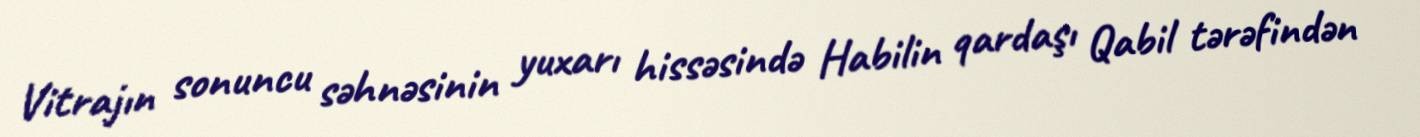
Vitrajın sonuncu səhnəsinin yuxarı hissəsində Habilin qardaşı Qabil tərəfindən